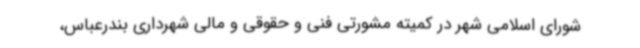
شورای اسلامی شهر در کمیته مشورتی فنی و حقوقی و مالی شهرداری بندرعباس،